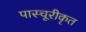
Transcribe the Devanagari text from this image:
पास्चूरीकृत